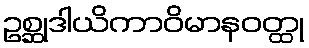
ဥစ္ဆုဒါယိကာဝိမာနဝတ္ထု